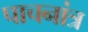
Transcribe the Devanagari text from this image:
पाचनांत्र